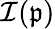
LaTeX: \mathcal{I}(\mathfrak{p})